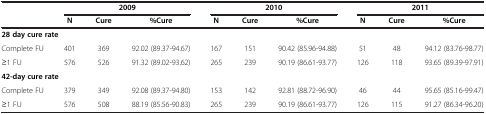
|  | <COLSPAN=3> 2009 | <COLSPAN=3> 2010 | <COLSPAN=3> 2011 |
 |  | N | Cure | %Cure | N | Cure | %Cure | N | Cure | %Cure |
 | --- | --- | --- | --- | --- | --- | --- | --- | --- | --- |
 | <COLSPAN=10> 28 day cure rate |
 | Complete FU | 401 | 369 | 92.02 (89.37-94.67) | 167 | 151 | 90.42 (85.96-94.88) | 51 | 48 | 94.12 (83.76-98.77) |
 | ≥1 FU | 576 | 526 | 91.32 (89.02-93.62) | 265 | 239 | 90.19 (86.61-93.77) | 126 | 118 | 93.65 (89.39-97.91) |
 | <COLSPAN=10> 42-day cure rate |
 | Complete FU | 379 | 349 | 92.08 (89.37-94.80) | 153 | 142 | 92.81 (88.72-96.90) | 46 | 44 | 95.65 (85.16-99.47) |
 | ≥1 FU | 576 | 508 | 88.19 (85.56-90.83) | 265 | 239 | 90.19 (86.61-93.77) | 126 | 115 | 91.27 (86.34-96.20) |